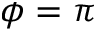
\phi = \pi